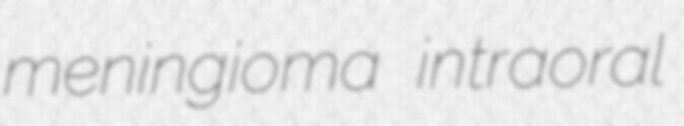
meningioma intraoral